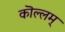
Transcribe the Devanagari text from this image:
कॊल्लम्